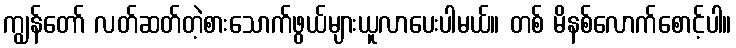
ကျွန်တော် လတ်ဆတ်တဲ့စားသောက်ဖွယ်များယူလာပေးပါမယ်။ တစ် မိနစ်လောက်စောင့်ပါ။